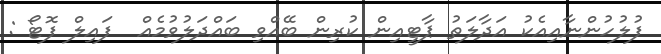
ފުލުހުންނާއިއެކު އަދާލަތު ޕާޓީއިން ކުރިން ބޭއްވި ބައްދަލުވުމެއް  ފައިލް ފޮޓޯ :